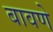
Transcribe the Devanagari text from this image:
बावणे